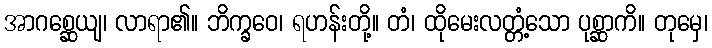
အာဂစ္ဆေယျ၊ လာရာ၏။ ဘိက္ခဝေ၊ ရဟန်းတို့။ တံ၊ ထိုမေးလတ္တံ့သော ပုစ္ဆာကိ။ တုမှေ၊